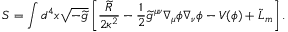
S = \int d ^ { 4 } x \sqrt { - \widetilde { g } } \left[ \frac { \widetilde { R } } { 2 \kappa ^ { 2 } } - \frac { 1 } { 2 } \widetilde { g } ^ { \mu \nu } \nabla _ { \mu } \phi \nabla _ { \nu } \phi - V ( \phi ) + \widetilde { { \cal L } } _ { m } \right] .